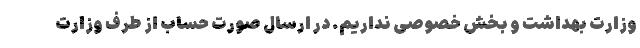
وزارت بهداشت و بخش خصوصی نداریم. در ارسال صورت حساب از طرف وزارت